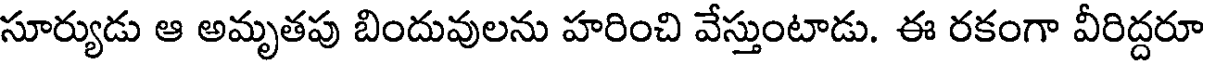
సూర్యుడు ఆ అమృతపు బిందువులను హరించి వేస్తుంటాడు. ఈ రకంగా వీరిద్దరూ